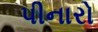
પીનારો